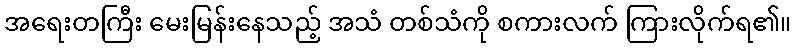
အရေးတကြီး မေးမြန်းနေသည့် အသံ တစ်သံကို စကားလက် ကြားလိုက်ရ၏။